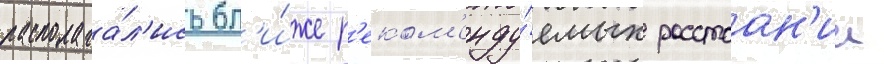
располага́л'ись бл'и́же р'еком'енду́емых расстоан'ии